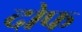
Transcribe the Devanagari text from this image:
दोफ